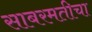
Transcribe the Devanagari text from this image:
साबरमतीचा